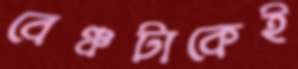
বেঞ্চটাকেই